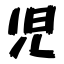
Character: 児